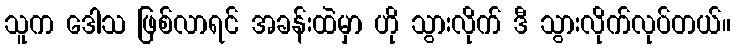
သူက ဒေါသ ဖြစ်လာရင် အခန်းထဲမှာ ဟို သွားလိုက် ဒီ သွားလိုက်လုပ်တယ်။